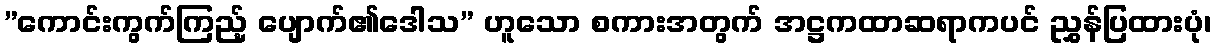
”ကောင်းကွက်ကြည့် ပျောက်၏ဒေါသ” ဟူသော စကားအတွက် အဋ္ဌကထာဆရာကပင် ညွှန်ပြထားပုံ၊